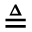
\triangleq